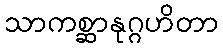
သာကစ္ဆာနုဂ္ဂဟိတာ